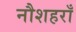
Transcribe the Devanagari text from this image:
नौशहराँ